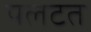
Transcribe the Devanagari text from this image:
पलटत